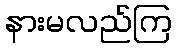
နားမလည်ကြ